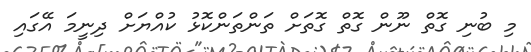
މި ބުނި ގޮތް ނޫން ގޮތް ގޮތަށް ތަންތަންކޮޅު ކުއްޔަށް ދިނީމަ އޭގައި